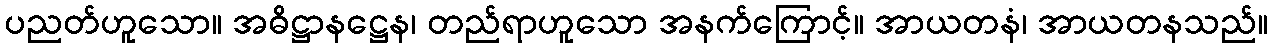
ပညတ်ဟူသော။ အဓိဋ္ဌာနဋ္ဌေန၊ တည်ရာဟူသော အနက်ကြောင့်။ အာယတနံ၊ အာယတနသည်။